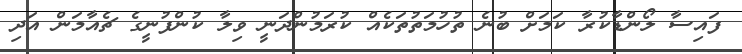
ފައިސާ ލޯންޑާކުރާ ކަމަށް ބުނެ ތުހުމަތުތަކެއް ކުރަމުންދަނީ ވިލާ ކުންފުނީގެ ޗެއާމަން އަދި